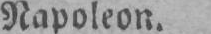
Napoleon.